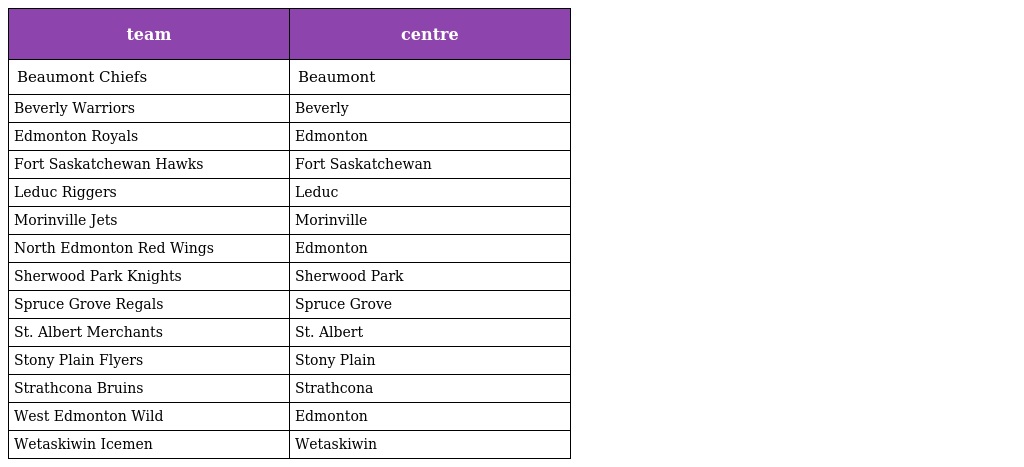
| team | centre |
 | --- | --- |
 | Beaumont Chiefs | Beaumont |
 | Beverly Warriors | Beverly |
 | Edmonton Royals | Edmonton |
 | Fort Saskatchewan Hawks | Fort Saskatchewan |
 | Leduc Riggers | Leduc |
 | Morinville Jets | Morinville |
 | North Edmonton Red Wings | Edmonton |
 | Sherwood Park Knights | Sherwood Park |
 | Spruce Grove Regals | Spruce Grove |
 | St. Albert Merchants | St. Albert |
 | Stony Plain Flyers | Stony Plain |
 | Strathcona Bruins | Strathcona |
 | West Edmonton Wild | Edmonton |
 | Wetaskiwin Icemen | Wetaskiwin |